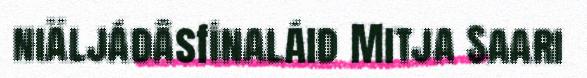
niäljádâsfinaláid Mitja Saari